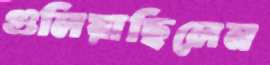
গুলিয়াছিলেন